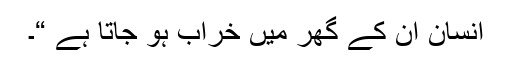
انسان ان کے گھر میں خراب ہو جاتا ہے “۔